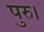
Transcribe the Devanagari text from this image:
पुरु।